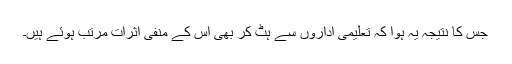
جس کا نتیجہ یہ ہوا کہ تعلیمی اداروں سے ہٹ کر بھی اس کے منفی اثرات مرتب ہوئے ہیں۔